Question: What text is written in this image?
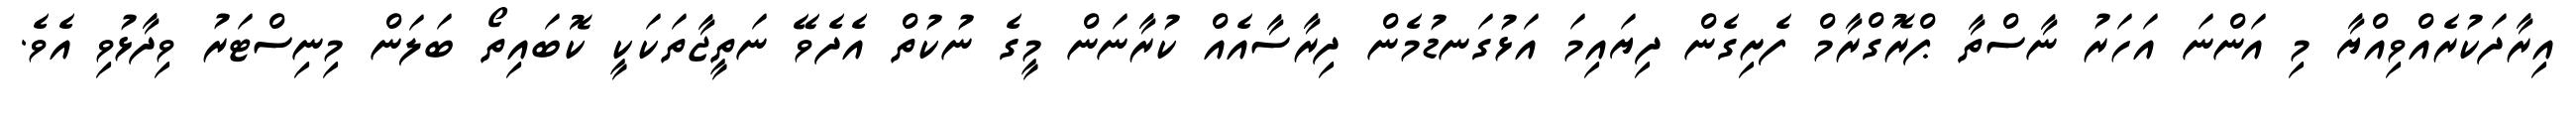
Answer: އިރާދަކުރެއްވިއްޔާ މި އަންނަ އަހަރު ނާސްތާ ޕްރޮގްރާމް ފެށިގެން ދިޔައިމަ އަޅުގަނޑުމެން ދިރާސާއެއް ކުރާނަން މީގެ ނުކުތް އެދެވޭ ނަތީޖާތަކަކީ ކޮބައިތޯ ބަލަން މިނިސްޓަރު ވިދާޅުވި އެވެ.